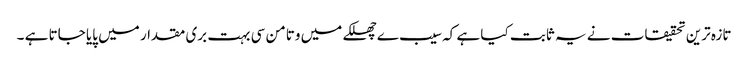
تازہ ترین تحقیقات نے یہ ثابت کیا ہے کہ سیب ے چھلکے میں وتامن سی بہت بری مقدار میں پایا جاتا ہے ۔